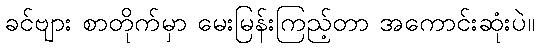
ခင်ဗျား စာတိုက်မှာ မေးမြန်းကြည့်တာ အကောင်းဆုံးပဲ။